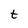
Character: t